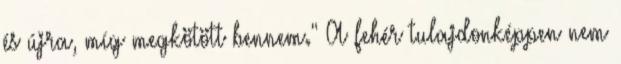
és újra, míg megkötött bennem." A fehér tulajdonképpen nem